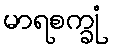
မာရစက္ခုံ